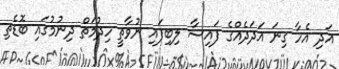
އަދި އެހާ ގިނަ އަދަދެއްގެ ފައިސާ ލިބިފައި ނުވާތީ ހިދުމަތް ދިނުމުގައި ބޮޑެތި